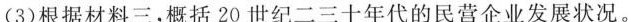
(3)根据材料三，概括20世纪二三十年代的民营企业发展状况。